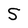
Character: S